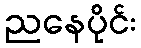
ညနေပိုင်း